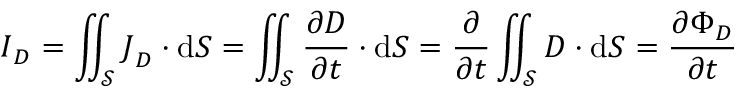
{ \boldsymbol { I } } _ { \boldsymbol { D } } = \iint _ { \mathcal { S } } { \boldsymbol { J } } _ { \boldsymbol { D } } \cdot \operatorname { d } \! { \boldsymbol { S } } = \iint _ { \mathcal { S } } { \frac { \partial { \boldsymbol { D } } } { \partial t } } \cdot \operatorname { d } \! { \boldsymbol { S } } = { \frac { \partial } { \partial t } } \iint _ { \mathcal { S } } { \boldsymbol { D } } \cdot \operatorname { d } \! { \boldsymbol { S } } = { \frac { \partial \Phi _ { D } } { \partial t } }